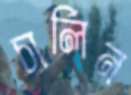
চার্লিন